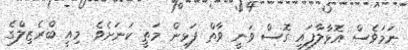
ނަމަވެސް އޮޅާލާފައި ގޮސް ވަނީ ވާތް ފަޅިން މަތީ ކަނަށެވެ. މިއީ ބްރެޒިލްގެ